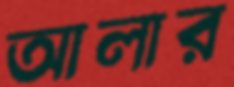
আলার